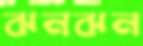
ঝনঝন